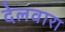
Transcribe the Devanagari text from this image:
देलवारा